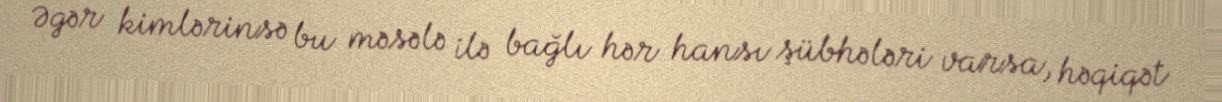
Əgər kimlərinsə bu məsələ ilə bağlı hər hansı şübhələri varsa, həqiqət